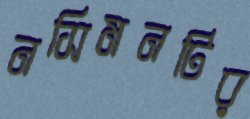
নসিমনটির